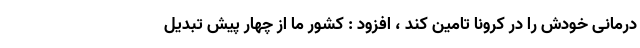
درمانی خودش را در کرونا تامین کند ، افزود : کشور ما از چهار پیش تبدیل